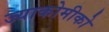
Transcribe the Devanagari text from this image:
ज्याकोमीको